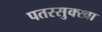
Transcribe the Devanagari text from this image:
पतरसुक्खा